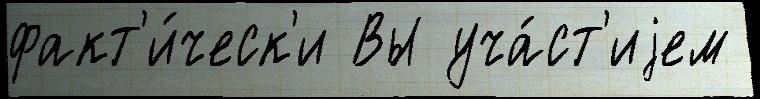
факт'и́ческ'и Вы уча́ст'иjем